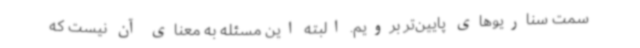
سمت سناریوهای پایین‌تر برویم. البته این مسئله به معنای آن نیست که